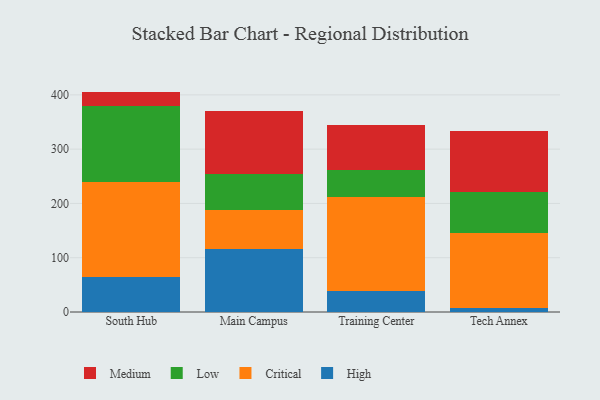
{"axis": {"x": "Campus", "y": "Net Income (USD K)"}, "legend": ["Critical", "High", "Low", "Medium"], "data": [{"x": "South Hub", "y": 65.2, "type": "High"}, {"x": "South Hub", "y": 175.0, "type": "Critical"}, {"x": "South Hub", "y": 138.7, "type": "Low"}, {"x": "South Hub", "y": 27.1, "type": "Medium"}, {"x": "Main Campus", "y": 115.2, "type": "High"}, {"x": "Main Campus", "y": 73.4, "type": "Critical"}, {"x": "Main Campus", "y": 65.1, "type": "Low"}, {"x": "Main Campus", "y": 116.7, "type": "Medium"}, {"x": "Training Center", "y": 39.4, "type": "High"}, {"x": "Training Center", "y": 173.2, "type": "Critical"}, {"x": "Training Center", "y": 49.6, "type": "Low"}, {"x": "Training Center", "y": 82.1, "type": "Medium"}, {"x": "Tech Annex", "y": 6.5, "type": "High"}, {"x": "Tech Annex", "y": 138.3, "type": "Critical"}, {"x": "Tech Annex", "y": 76.3, "type": "Low"}, {"x": "Tech Annex", "y": 113.2, "type": "Medium"}]}